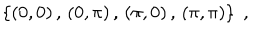
LaTeX: \left\{ ( 0 , 0 ) \, , \, ( 0 , \pi ) \, , \, ( \pi , 0 ) \, , \, ( \pi , \pi ) \right\} \; ,